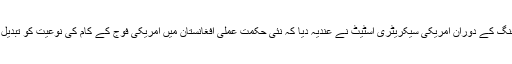
ایک نیوز بریفنگ کے دوران امریکی سیکریٹری اسٹیٹ نے عندیہ دیا کہ نئی حکمت عملی افغانستان میں امریکی فوج کے کام کی نوعیت کو تبدیل کرسکتی ہے۔